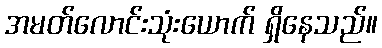
အမတ်လောင်းသုံးယောက် ရှိနေသည်။